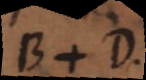
B + D.